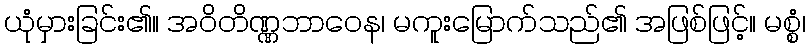
ယုံမှားခြင်း၏။ အဝိတိဏ္ဏဘာဝေန၊ မကူးမြောက်သည်၏ အဖြစ်ဖြင့်။ မစ္စံ၊